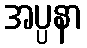
အပ္ပနာ